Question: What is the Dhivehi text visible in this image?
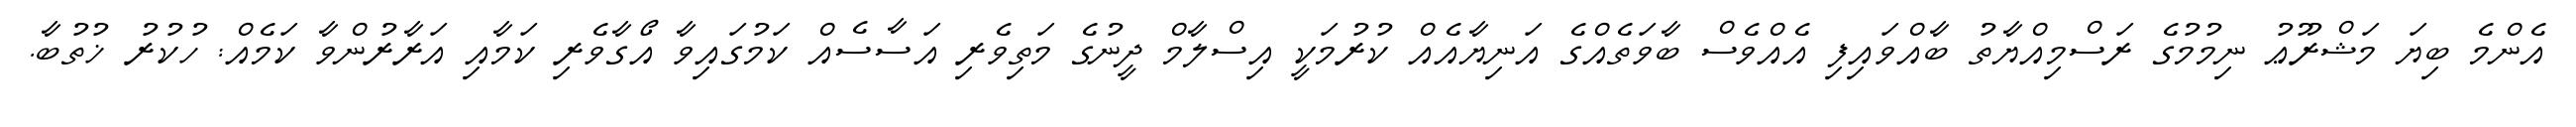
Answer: އެންމެ ބިޔަ މަޝްރޫޢު ނިމުމުގެ ރަސްމިއްޔާތު ބާއްވައިފި އެއްވެސް ބާވަތެއްގެ އަނިޔާއެއް ކުރުމަކީ އިސްލާމް ދީނުގެ މަތިވެރި އަސާސެއް ކަމުގައިވާ އޯގާވެރި ކަމާއި އަރާރުންވާ ކަމެއް: ހުކުރު ޚުތުބާ.